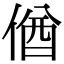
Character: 偤